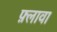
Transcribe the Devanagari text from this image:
फ़्लावा